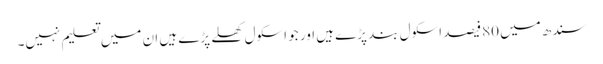
سندھ میں 80فیصد اسکول بند پڑے ہیں اور جو اسکول کھلے پڑے ہیں ان میں تعلیم نہیں۔